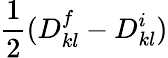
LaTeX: \frac{1}{2}(D_{kl}^{f}-D_{kl}^{i})